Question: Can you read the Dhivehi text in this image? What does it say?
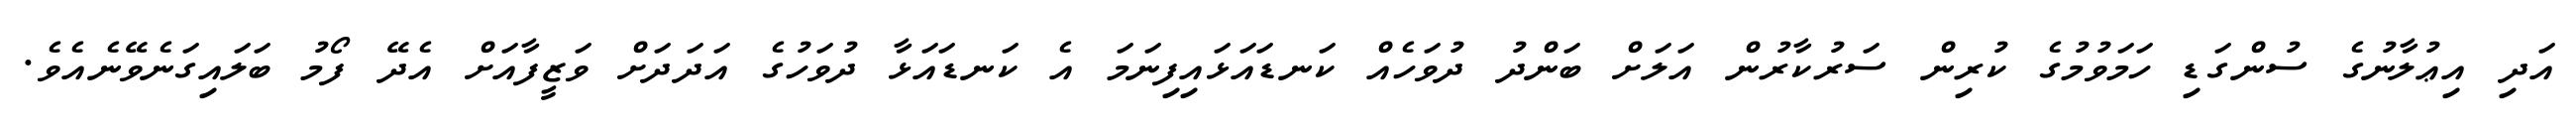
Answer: އަދި އިޢުލާނުގެ ސުންގަޑި ހަމަވުމުގެ ކުރިން ސަރުކާރުން އަލަށް ބަންދު ދުވަހެއް ކަނޑައަޅައިފިނަމަ އެ ކަނޑައަޅާ ދުވަހުގެ އަދަދަށް ވަޒީފާއަށް އެދޭ ފޯމު ބަލައިގަނެވޭނެއެވެ.